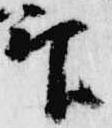
印